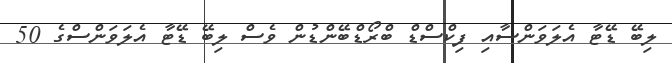
ލިބޭ ޑޭޓާ އެލަވަންސާއި ފިކްސްޑް ބްރޯޑްބޭންޑުން ވެސް ލިބޭ ޑޭޓާ އެލަވަންސްގެ 50